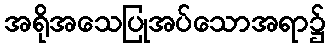
အရိုအသေပြုအပ်သောအရာ၌